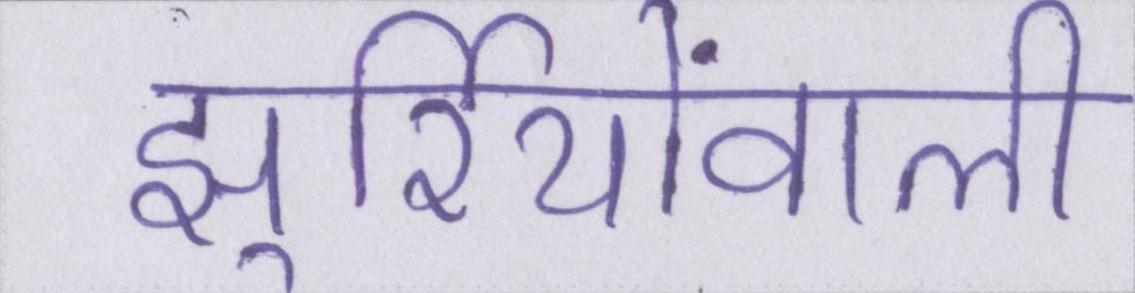
झुर्रियोंवाली